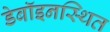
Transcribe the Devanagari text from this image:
डेबॉइनस्थित